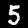
Digit: 5